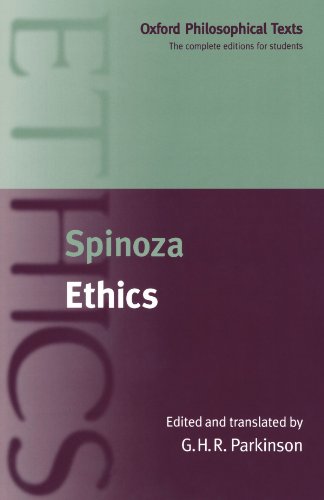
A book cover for Ethics (Oxford Philosophical Texts); Spinoza; Politics & Social Sciences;